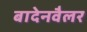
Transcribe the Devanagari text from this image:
बादेनवैलर